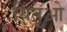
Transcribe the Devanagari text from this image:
यितुओ